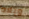
ويلاه